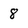
Character: 8